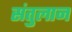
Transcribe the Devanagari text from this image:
संतुलान